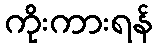
ကိုးကားရန်